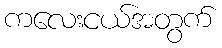
ကလေးငယ်အတွက်